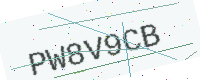
Text: PW8V9CB